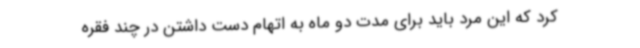
کرد که این مرد باید برای مدت دو ماه به اتهام دست داشتن در چند فقره